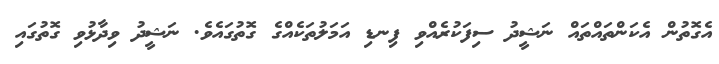
އެގޮތުން އެކަންތައްތައް ނަޝީދު ސިފަކުރެއްވި ފިނޑި އަމަލުތަކެއްގެ ގޮތުގައެވެ. ނަޝީދު ވިދާޅުވި ގޮތުގައި